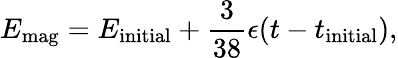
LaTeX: E_{\textrm{mag}}=E_{\textrm{initial}}+\frac{3}{38}\epsilon(t-t_{\textrm{initial}}),